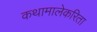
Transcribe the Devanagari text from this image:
कथामालेकरिता